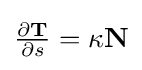
{\tfrac {\partial \mathbf {T} }{\partial s}}=\kappa \mathbf {N}